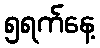
၅ရက်နေ့